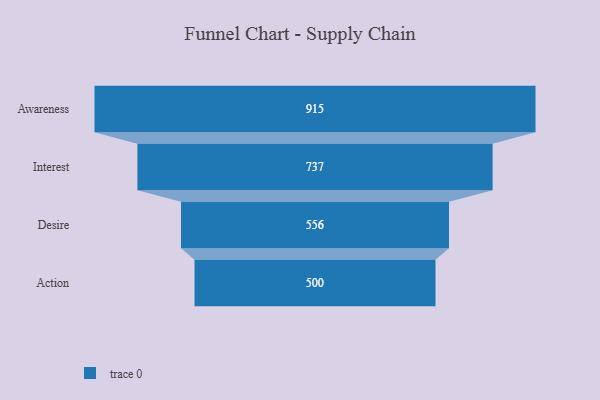
{"axis": {"x": "Stage", "y": "Value"}, "legend": [""], "data": [{"x": "Awareness", "y": 915.0, "type": ""}, {"x": "Interest", "y": 737.0, "type": ""}, {"x": "Desire", "y": 556.0, "type": ""}, {"x": "Action", "y": 500, "type": ""}]}